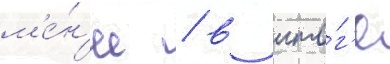
м'е́н'ее / в ито́г'е